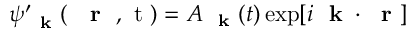
\psi _ { \mathrm { ~ \bf ~ k ~ } } ^ { \prime } ( \mathrm { ~ { ~ \bf ~ r ~ } ~ , ~ t ~ } ) = A _ { \mathrm { ~ \bf ~ k ~ } } ( t ) \exp [ i \mathrm { ~ \bf ~ k ~ } \cdot \mathrm { ~ \bf ~ r ~ } ]